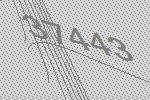
37443